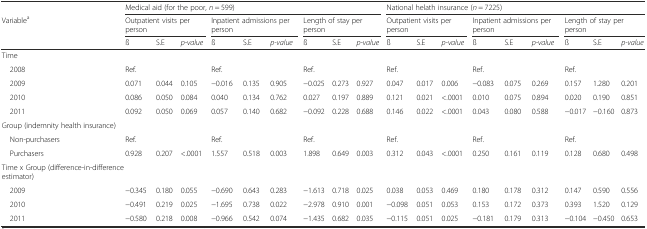
<table><thead><tr><td></td><td colspan="9"><b>Medical aid (for the poor, <i>n</i> = 599)</b></td><td colspan="9"><b>National helath insurance (<i>n</i> = 7225)</b></td></tr><tr><td rowspan="2"><b>Variable<sup>a</sup></b></td><td colspan="3"><b>Outpatient visits per person</b></td><td colspan="3"><b>Inpatient admissions per person</b></td><td colspan="3"><b>Length of stay per person</b></td><td colspan="3"><b>Outpatient visits per person</b></td><td colspan="3"><b>Inpatient admissions per person</b></td><td colspan="3"><b>Length of stay per person</b></td></tr><tr><td><b>ß</b></td><td><b>S.E</b></td><td><b><i>p-value</i></b></td><td><b>ß</b></td><td><b>S.E</b></td><td><b><i>p-value</i></b></td><td><b>ß</b></td><td><b>S.E</b></td><td><b><i>p-value</i></b></td><td><b>ß</b></td><td><b>S.E</b></td><td><b><i>p-value</i></b></td><td><b>ß</b></td><td><b>S.E</b></td><td><b><i>p-value</i></b></td><td><b>ß</b></td><td><b>S.E</b></td><td><b><i>p-value</i></b></td></tr></thead><tbody><tr><td>Time</td><td></td><td></td><td></td><td></td><td></td><td></td><td></td><td></td><td></td><td></td><td></td><td></td><td></td><td></td><td></td><td></td><td></td><td></td></tr><tr><td> 2008</td><td>Ref.</td><td></td><td></td><td>Ref.</td><td></td><td></td><td>Ref.</td><td></td><td></td><td>Ref.</td><td></td><td></td><td>Ref.</td><td></td><td></td><td>Ref.</td><td></td><td></td></tr><tr><td> 2009</td><td>0.071</td><td>0.044</td><td>0.105</td><td>−0.016</td><td>0.135</td><td>0.905</td><td>−0.025</td><td>0.273</td><td>0.927</td><td>0.047</td><td>0.017</td><td>0.006</td><td>−0.083</td><td>0.075</td><td>0.269</td><td>0.157</td><td>1.280</td><td>0.201</td></tr><tr><td> 2010</td><td>0.086</td><td>0.050</td><td>0.084</td><td>0.040</td><td>0.134</td><td>0.762</td><td>0.027</td><td>0.197</td><td>0.889</td><td>0.121</td><td>0.021</td><td>&lt;.0001</td><td>0.010</td><td>0.075</td><td>0.894</td><td>0.020</td><td>0.190</td><td>0.851</td></tr><tr><td> 2011</td><td>0.092</td><td>0.050</td><td>0.069</td><td>0.057</td><td>0.140</td><td>0.682</td><td>−0.092</td><td>0.228</td><td>0.688</td><td>0.146</td><td>0.022</td><td>&lt;.0001</td><td>0.043</td><td>0.080</td><td>0.588</td><td>−0.017</td><td>−0.160</td><td>0.873</td></tr><tr><td>Group (indemnity health insurance)</td><td></td><td></td><td></td><td></td><td></td><td></td><td></td><td></td><td></td><td></td><td></td><td></td><td></td><td></td><td></td><td></td><td></td><td></td></tr><tr><td> Non-purchasers</td><td>Ref.</td><td></td><td></td><td>Ref.</td><td></td><td></td><td>Ref.</td><td></td><td></td><td>Ref.</td><td></td><td></td><td>Ref.</td><td></td><td></td><td>Ref.</td><td></td><td></td></tr><tr><td> Purchasers</td><td>0.928</td><td>0.207</td><td>&lt;.0001</td><td>1.557</td><td>0.518</td><td>0.003</td><td>1.898</td><td>0.649</td><td>0.003</td><td>0.312</td><td>0.043</td><td>&lt;.0001</td><td>0.250</td><td>0.161</td><td>0.119</td><td>0.128</td><td>0.680</td><td>0.498</td></tr><tr><td colspan="2">Time x Group (difference-in-difference estimator)</td><td></td><td></td><td></td><td></td><td></td><td></td><td></td><td></td><td></td><td></td><td></td><td></td><td></td><td></td><td></td><td></td><td></td></tr><tr><td> 2009</td><td>−0.345</td><td>0.180</td><td>0.055</td><td>−0.690</td><td>0.643</td><td>0.283</td><td>−1.613</td><td>0.718</td><td>0.025</td><td>0.038</td><td>0.053</td><td>0.469</td><td>0.180</td><td>0.178</td><td>0.312</td><td>0.147</td><td>0.590</td><td>0.556</td></tr><tr><td> 2010</td><td>−0.491</td><td>0.219</td><td>0.025</td><td>−1.695</td><td>0.738</td><td>0.022</td><td>−2.978</td><td>0.910</td><td>0.001</td><td>−0.098</td><td>0.051</td><td>0.053</td><td>0.153</td><td>0.172</td><td>0.373</td><td>0.393</td><td>1.520</td><td>0.129</td></tr><tr><td> 2011</td><td>−0.580</td><td>0.218</td><td>0.008</td><td>−0.966</td><td>0.542</td><td>0.074</td><td>−1.435</td><td>0.682</td><td>0.035</td><td>−0.115</td><td>0.051</td><td>0.025</td><td>−0.181</td><td>0.179</td><td>0.313</td><td>−0.104</td><td>−0.450</td><td>0.653</td></tr></tbody></table>